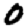
Digit: 0